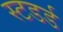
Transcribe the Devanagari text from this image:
स्टडर्ड